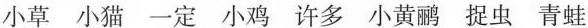
小草小猫一定小鸡许多小黄鹂捉虫青蛙